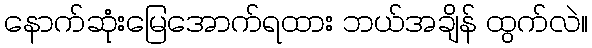
နောက်ဆုံးမြေအောက်ရထား ဘယ်အချိန် ထွက်လဲ။